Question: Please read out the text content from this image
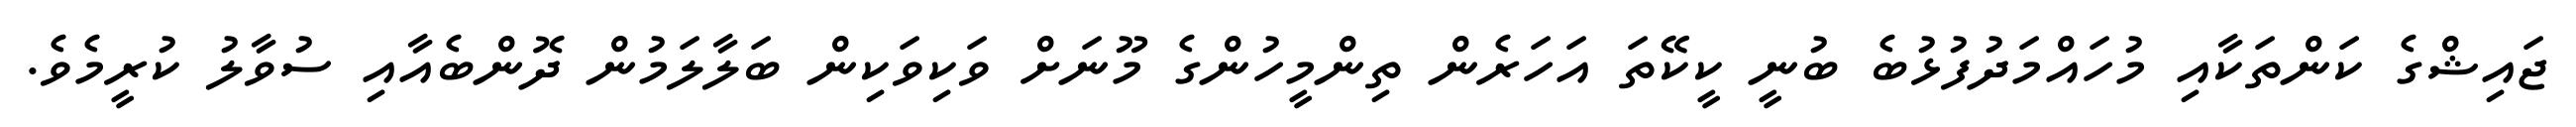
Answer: ޖައިޝްގެ ކަންތަކާއި މުހައްމަދުފުޅުބެ ބުނީ ކީކޭތަ އަހަރެން ތިންމީހުންގެ މޫނަށް ވަކިވަކިން ބަލާލަމުން ދޮންބެއާއި ސުވާލު ކުރީމެވެ.